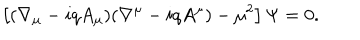
LaTeX: \left[ ( \nabla _ { \mu } - i q A _ { \mu } ) ( \nabla ^ { \mu } - i q A ^ { \mu } ) - \mu ^ { 2 } \right] \Psi = 0 .